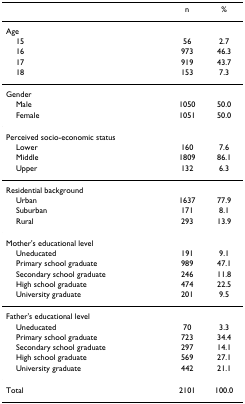
<table><thead><tr><td></td><td><b>n</b></td><td><b>%</b></td></tr></thead><tbody><tr><td>Age</td><td></td><td></td></tr><tr><td> 15</td><td>56</td><td>2.7</td></tr><tr><td> 16</td><td>973</td><td>46.3</td></tr><tr><td> 17</td><td>919</td><td>43.7</td></tr><tr><td> 18</td><td>153</td><td>7.3</td></tr><tr><td>Gender</td><td></td><td></td></tr><tr><td> Male</td><td>1050</td><td>50.0</td></tr><tr><td> Female</td><td>1051</td><td>50.0</td></tr><tr><td>Perceived socio-economic status</td><td></td><td></td></tr><tr><td> Lower</td><td>160</td><td>7.6</td></tr><tr><td> Middle</td><td>1809</td><td>86.1</td></tr><tr><td> Upper</td><td>132</td><td>6.3</td></tr><tr><td>Residential background</td><td></td><td></td></tr><tr><td> Urban</td><td>1637</td><td>77.9</td></tr><tr><td> Suburban</td><td>171</td><td>8.1</td></tr><tr><td> Rural</td><td>293</td><td>13.9</td></tr><tr><td>Mother&#x27;s educational level</td><td></td><td></td></tr><tr><td> Uneducated</td><td>191</td><td>9.1</td></tr><tr><td> Primary school graduate</td><td>989</td><td>47.1</td></tr><tr><td> Secondary school graduate</td><td>246</td><td>11.8</td></tr><tr><td> High school graduate</td><td>474</td><td>22.5</td></tr><tr><td> University graduate</td><td>201</td><td>9.5</td></tr><tr><td>Father&#x27;s educational level</td><td></td><td></td></tr><tr><td> Uneducated</td><td>70</td><td>3.3</td></tr><tr><td> Primary school graduate</td><td>723</td><td>34.4</td></tr><tr><td> Secondary school graduate</td><td>297</td><td>14.1</td></tr><tr><td> High school graduate</td><td>569</td><td>27.1</td></tr><tr><td> University graduate</td><td>442</td><td>21.1</td></tr><tr><td>Total</td><td>2101</td><td>100.0</td></tr></tbody></table>